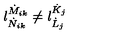
l _ { \dot { N } _ { i k } } ^ { \dot { M } _ { i k } } \neq l _ { \dot { L } _ { j } } ^ { \dot { K } _ { j } }